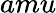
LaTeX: amu